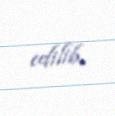
edilib.